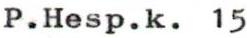
P.Hesp.k. 15